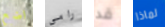
اضع رامي قد لماذا